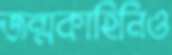
জন্মকাহিনিও